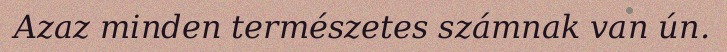
Azaz minden természetes számnak van ún.